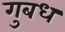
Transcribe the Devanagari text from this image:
गुबध